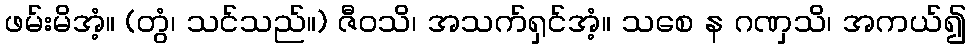
ဖမ်းမိအံ့။ (တွံ၊ သင်သည်။) ဇီဝသိ၊ အသက်ရှင်အံ့။ သစေ န ဂဏှသိ၊ အကယ်၍